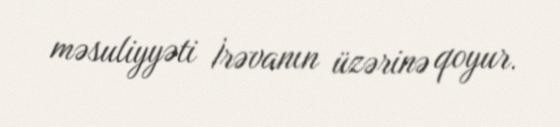
məsuliyyəti İrəvanın üzərinə qoyur.